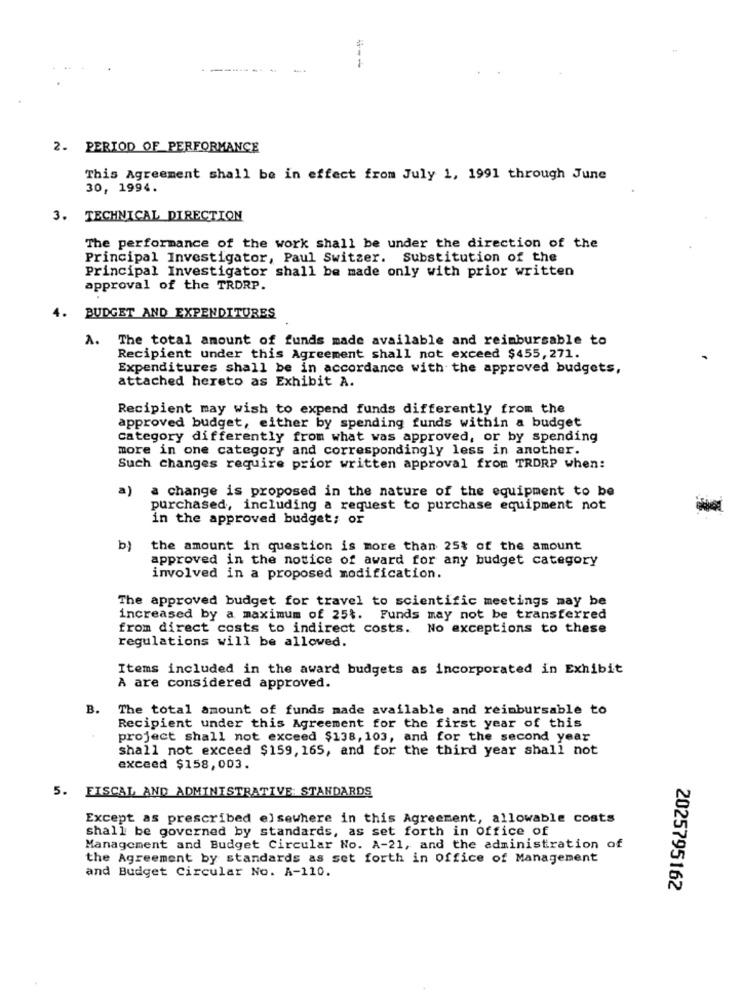
2. PERIOD OF PERFORMANCE
This Agreement shall be in effect from July 1, 1991 through June
30, 1994.
3. TECHNICAL DIRECTION
The performance of the work shall be under the direction of the
Principal Investigator, Paul Switzer. Substitution of the
Principal Investigator shall be made only with prior written
approval of the TRORP.
4. BUDGET AND EXPENDITURES
A. The total amount of funds made available and reimbursable to
Recipient under this Agreement shall not exceed $455,271.
Expenditures shall be in accordance with the approved budgets,
attached hereto as Exhibit A.
Recipient may wish to expend funds differently from the
approved budget, either by spending funds within a budget
category differently from what was approved, or by spending
more in one category and correspondingly less in another.
Such changes require prior written approval from TRORP when:
a)
a change is proposed in the nature of the equipment to be
purchased, including a request to purchase equipment not
in the approved budget; or
b)
the amount in question is more than 25% of the amount
approved in the notice of award for any budget category
involved in a proposed modification.
The approved budget for travel to scientific meetings may be
increased by a maximum of 25%. Funds may not be transferred
from direct costs to indirect costs. No exceptions to these
regulations will be allowed.
Items included in the award budgets as incorporated in Exhibit
À are considered approved.
B.
The total amount of funds made available and reimbursable to
Recipient under this Agreement for the first year of this
project shall not exceed $138, 103, and for the second year
shall not exceed $159, 165, and for the third year shall not
exceed $158,003.
5. FISCAL AND ADMINISTRATIVE STANDARDS
Except as prescribed elsewhere in this Agreement, allowable costs
shall be governed by standards, as set forth in Office of
Management and Budget Circular No. A-21, and the administration of
the Agreement by standards as set forth in Office of Management
and Budget Circular No. A-110.
2025795162